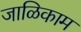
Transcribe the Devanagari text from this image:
जाळिकाम